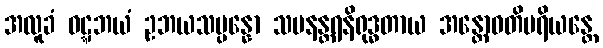
အလူခံ ဝဋ္ဋဘယံ ဥဘယသမ္ပန္နော သမနန္တရနိရုဒ္ဓတာယ အန္တောဝတိပရိယန္တေ